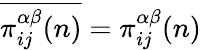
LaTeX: \overline{{\pi_{ij}^{\alpha\beta}(n)}}=\pi_{ij}^{\alpha\beta}(n)